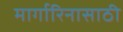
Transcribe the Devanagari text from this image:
मार्गारिनासाठी